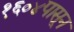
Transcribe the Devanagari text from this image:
१६०४पासून